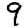
Digit: 9